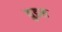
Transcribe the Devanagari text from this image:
युडस